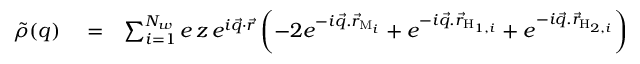
\begin{array} { r l r } { \tilde { \rho } ( q ) } & { { } = } & { \sum _ { i = 1 } ^ { N _ { w } } e \, z \, e ^ { i \vec { q } \cdot \vec { r } } \left( - 2 e ^ { - i \vec { q } . \vec { r } _ { \mathrm { M } _ { i } } } + e ^ { - i \vec { q } . \vec { r } _ { \mathrm { H } _ { 1 , i } } } + e ^ { - i \vec { q } . \vec { r } _ { \mathrm { H } _ { 2 , i } } } \right) } \end{array}